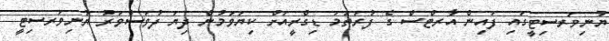
ޔުނިވަރސިޓީގައި ފައިން އާރޓްސް ގެ ފުރަތަމަ ޑިގްރީއަށް ކިޔަވަމުން ދިޔަ ދުވަސްވަރު ޔުނިވަރސިޓީ